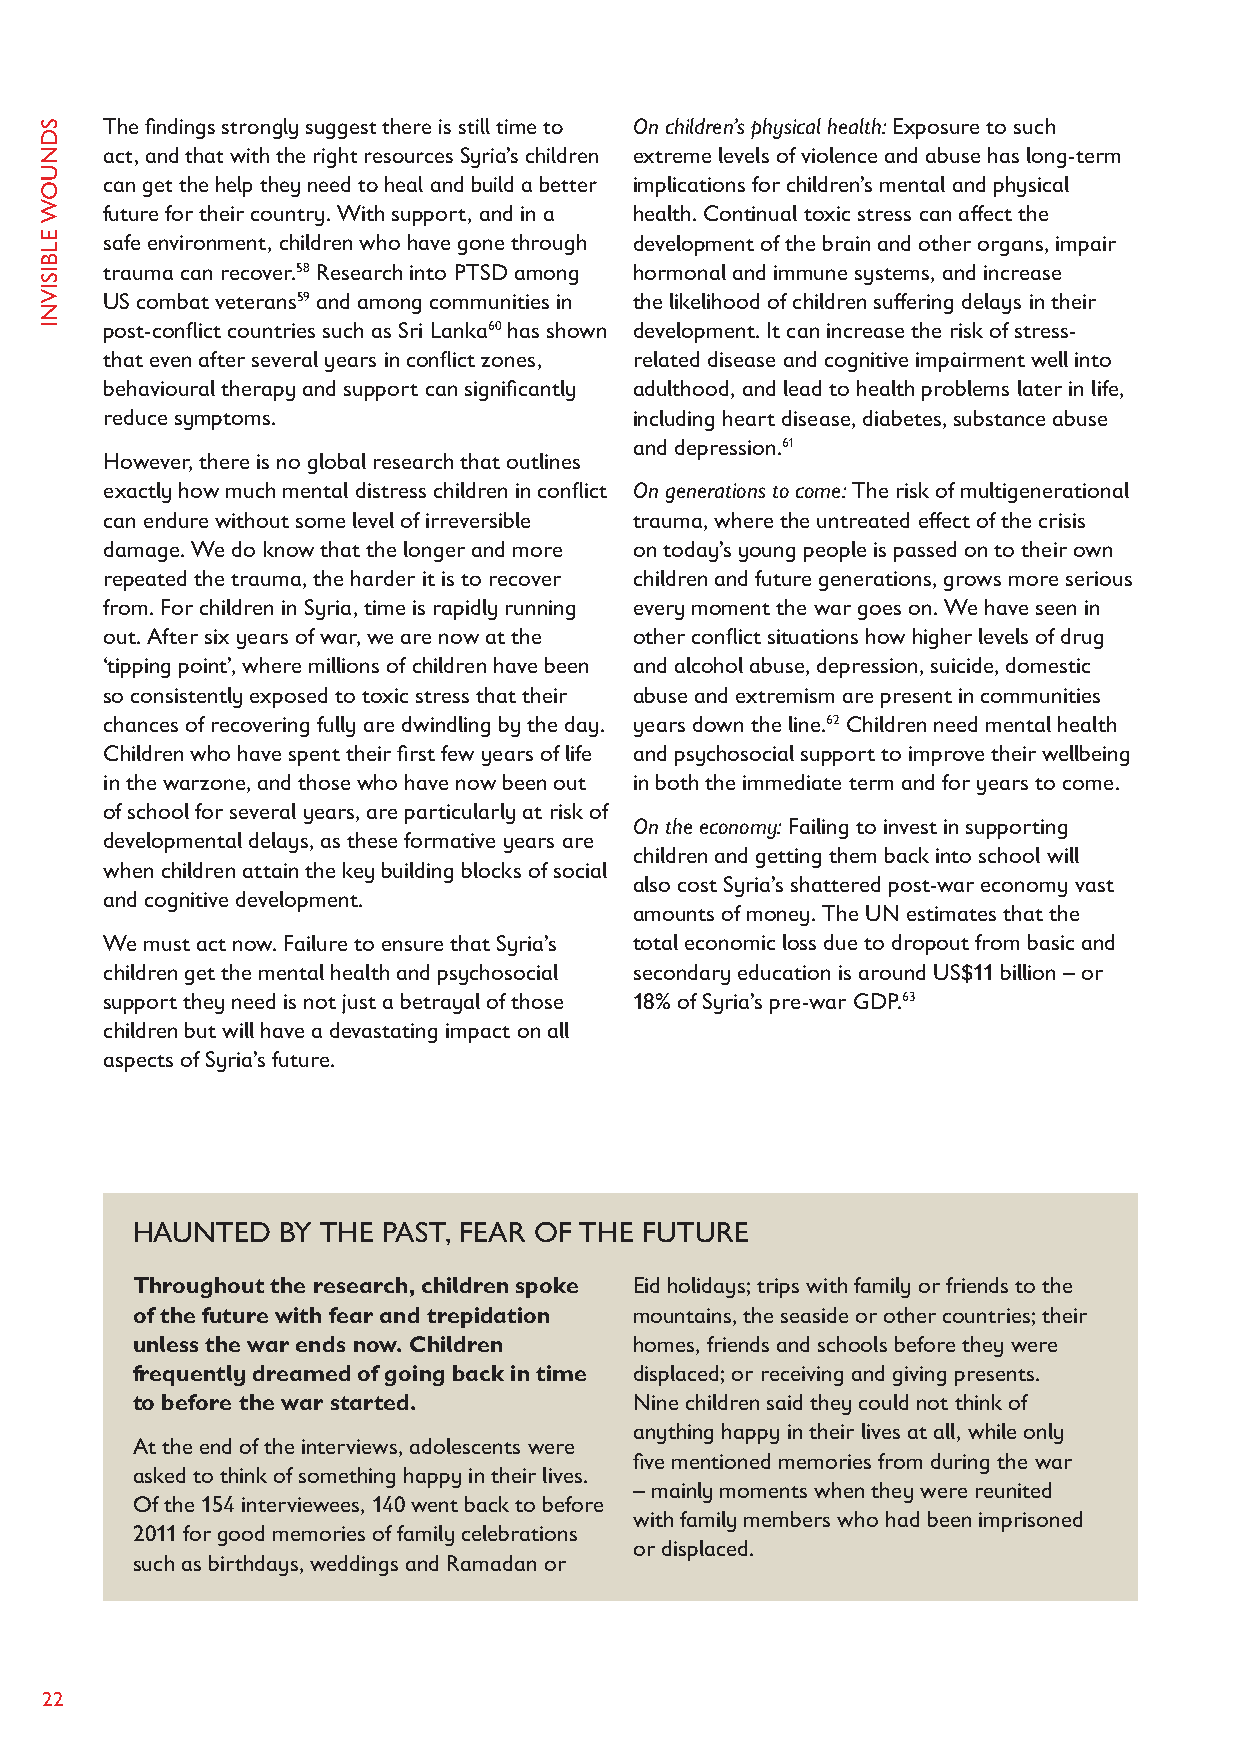
The findings strongly suggest there is still time to On children’s physical health: Exposure to such
 act, and that with the right resources Syria’s children extreme levels of violence and abuse has long-term
 can get the help they need to heal and build a better implications for children’s mental and physical
 future for their country. With support, and in a health. Continual toxic stress can affect the
 safe environment, children who have gone through development of the brain and other organs, impair
 trauma can recover.58 Research into PTSD among hormonal and immune systems, and increase
 US combat veterans59 and among communities in the likelihood of children suffering delays in their
 post-conflict countries such as Sri Lanka60 has shown development. It can increase the risk of stress-
 that even after several years in conflict zones, related disease and cognitive impairment well into
 behavioural therapy and support can significantly adulthood, and lead to health problems later in life,
 reduce symptoms.                   including heart disease, diabetes, substance abuse
 and depression.61
 However, there is no global research that outlines
 exactly how much mental distress children in conflict On generations to come: The risk of multigenerational
 can endure without some level of irreversible trauma, where the untreated effect of the crisis
 damage. We do know that the longer and more on today’s young people is passed on to their own
 repeated the trauma, the harder it is to recover children and future generations, grows more serious
 from. For children in Syria, time is rapidly running every moment the war goes on. We have seen in
 out. After six years of war, we are now at the other conflict situations how higher levels of drug
 ‘tipping point’, where millions of children have been and alcohol abuse, depression, suicide, domestic
 so consistently exposed to toxic stress that their abuse and extremism are present in communities
 chances of recovering fully are dwindling by the day. years down the line.62 Children need mental health
 Children who have spent their first few years of life and psychosocial support to improve their wellbeing
 in the warzone, and those who have now been out in both the immediate term and for years to come.
 of school for several years, are particularly at risk of
 On the economy: Failing to invest in supporting
 developmental delays, as these formative years are
 children and getting them back into school will
 when children attain the key building blocks of social
 also cost Syria’s shattered post-war economy vast
 and cognitive development.
 amounts of money. The UN estimates that the
 We must act now. Failure to ensure that Syria’s total economic loss due to dropout from basic and
 children get the mental health and psychosocial secondary education is around US$11 billion – or
 support they need is not just a betrayal of those 18% of Syria’s pre-war GDP.63
 children but will have a devastating impact on all
 aspects of Syria’s future.
 HAUNTED   BY THE PAST, FEAR OF THE FUTURE
 Throughout the research, children spoke Eid holidays; trips with family or friends to the
 of the future with fear and trepidation mountains, the seaside or other countries; their
 unless the war ends now. Children homes, friends and schools before they were
 frequently dreamed of going back in time displaced; or receiving and giving presents.
 to before the war started.       Nine children said they could not think of
 anything happy in their lives at all, while only
 At the end of the interviews, adolescents were
 five mentioned memories from during the war
 asked to think of something happy in their lives.
 – mainly moments when they were reunited
 Of the 154 interviewees, 140 went back to before
 with family members who had been imprisoned
 2011 for good memories of family celebrations
 or displaced.
 such as birthdays, weddings and Ramadan or
 22
 SDNUOW
 ELBISIVNI